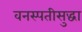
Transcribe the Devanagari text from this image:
वनस्पतीसुद्धा